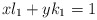
\begin{align*} xl_1+yk_1=1\end{align*}